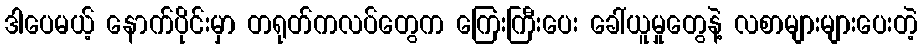
ဒါပေမယ့် နောက်ပိုင်းမှာ တရုတ်ကလပ်တွေက ကြေးကြီးပေး ခေါ်ယူမှုတွေနဲ့ လစာများများပေးတဲ့